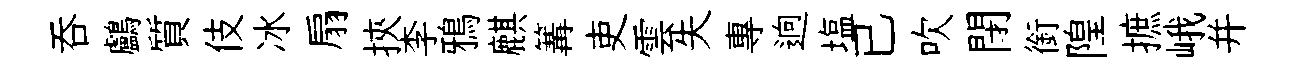
呑鸕質伎冰扇挾李鴉麒篝吏雲失專逈塩已吹閉銜隍摭峨并